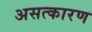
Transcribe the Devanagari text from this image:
असत्कारण